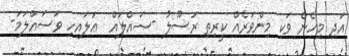
އަދި މިހެން ވަކި މިންވަރެއް ކީރިތި ރަސޫލު -ޞައްލައް  ޢަލައިހި ވަސައްލަމަ-